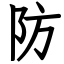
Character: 防